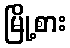
မြို့စား